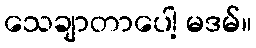
သေချာတာပေါ့ မဒမ်။